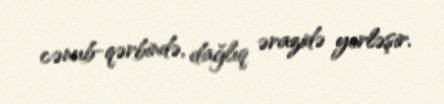
cənub-qərbində, dağlıq ərazidə yerləşir.